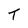
Character: T